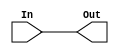
module  Outvalue (In, Out);

input [31:0] In;
output   [31:0] Out;
assign Out = In;

endmodule